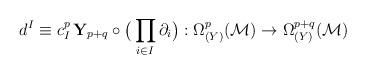
LaTeX: \begin{align*}d^I\equiv c^p_I\,{\mathbf Y}_{p+q}\circ \big(\prod_{i\in I}\partial_i\big) : \Omega^p_{(Y)}({\cal M})\rightarrow\Omega^{p+q}_{(Y)}({\cal M})\end{align*}